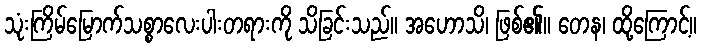
သုံးကြိမ်မြောက်သစ္စာလေးပါးတရားကို သိခြင်းသည်။ အဟောသိ၊ ဖြစ်၏။ တေန၊ ထို့ကြောင့်။